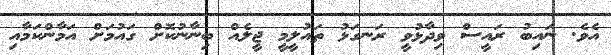
އެވެ. ނައިބު ރައީސް ވިދާޅުވީ ރަނގަޅު ތައުލީމީ ޖީލެއް ބިނާނުކޮށް ގައުމަށް އަމާންކަމާއި